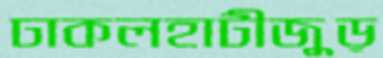
ঢাকলহাটীজুড়